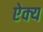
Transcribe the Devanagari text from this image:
ऐक्‍य